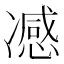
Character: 𭂢